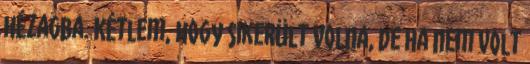
hézagba. Kétlem, hogy sikerült volna, de ha nem volt